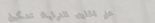
محل الحلوى الشرقية: تشكيل